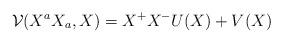
LaTeX: \begin{align*}\mathcal{V}(X^a X_a, X) = X^+X^- U(X) +V(X) \end{align*}